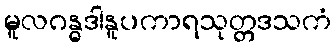
မူလဂန္ဓဒါနူပကာရသုတ္တဒသကံ